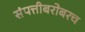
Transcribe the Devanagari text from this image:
संपत्तीबरोबरच